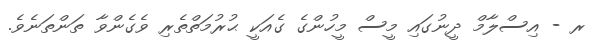
ރ - އިސްލާމް ދީނުގައި މީސް މީހުންގެ ގެއަކީ ޙުރުމަތްތެރި ވެގެންވާ ތަންތަނެވެ.